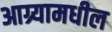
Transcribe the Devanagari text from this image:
आग्र्यामधील